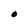
Character: O